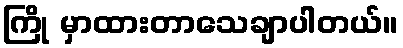
ကြို မှာထားတာသေချာပါတယ်။